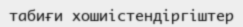
табиғи хошиістендіргіштер